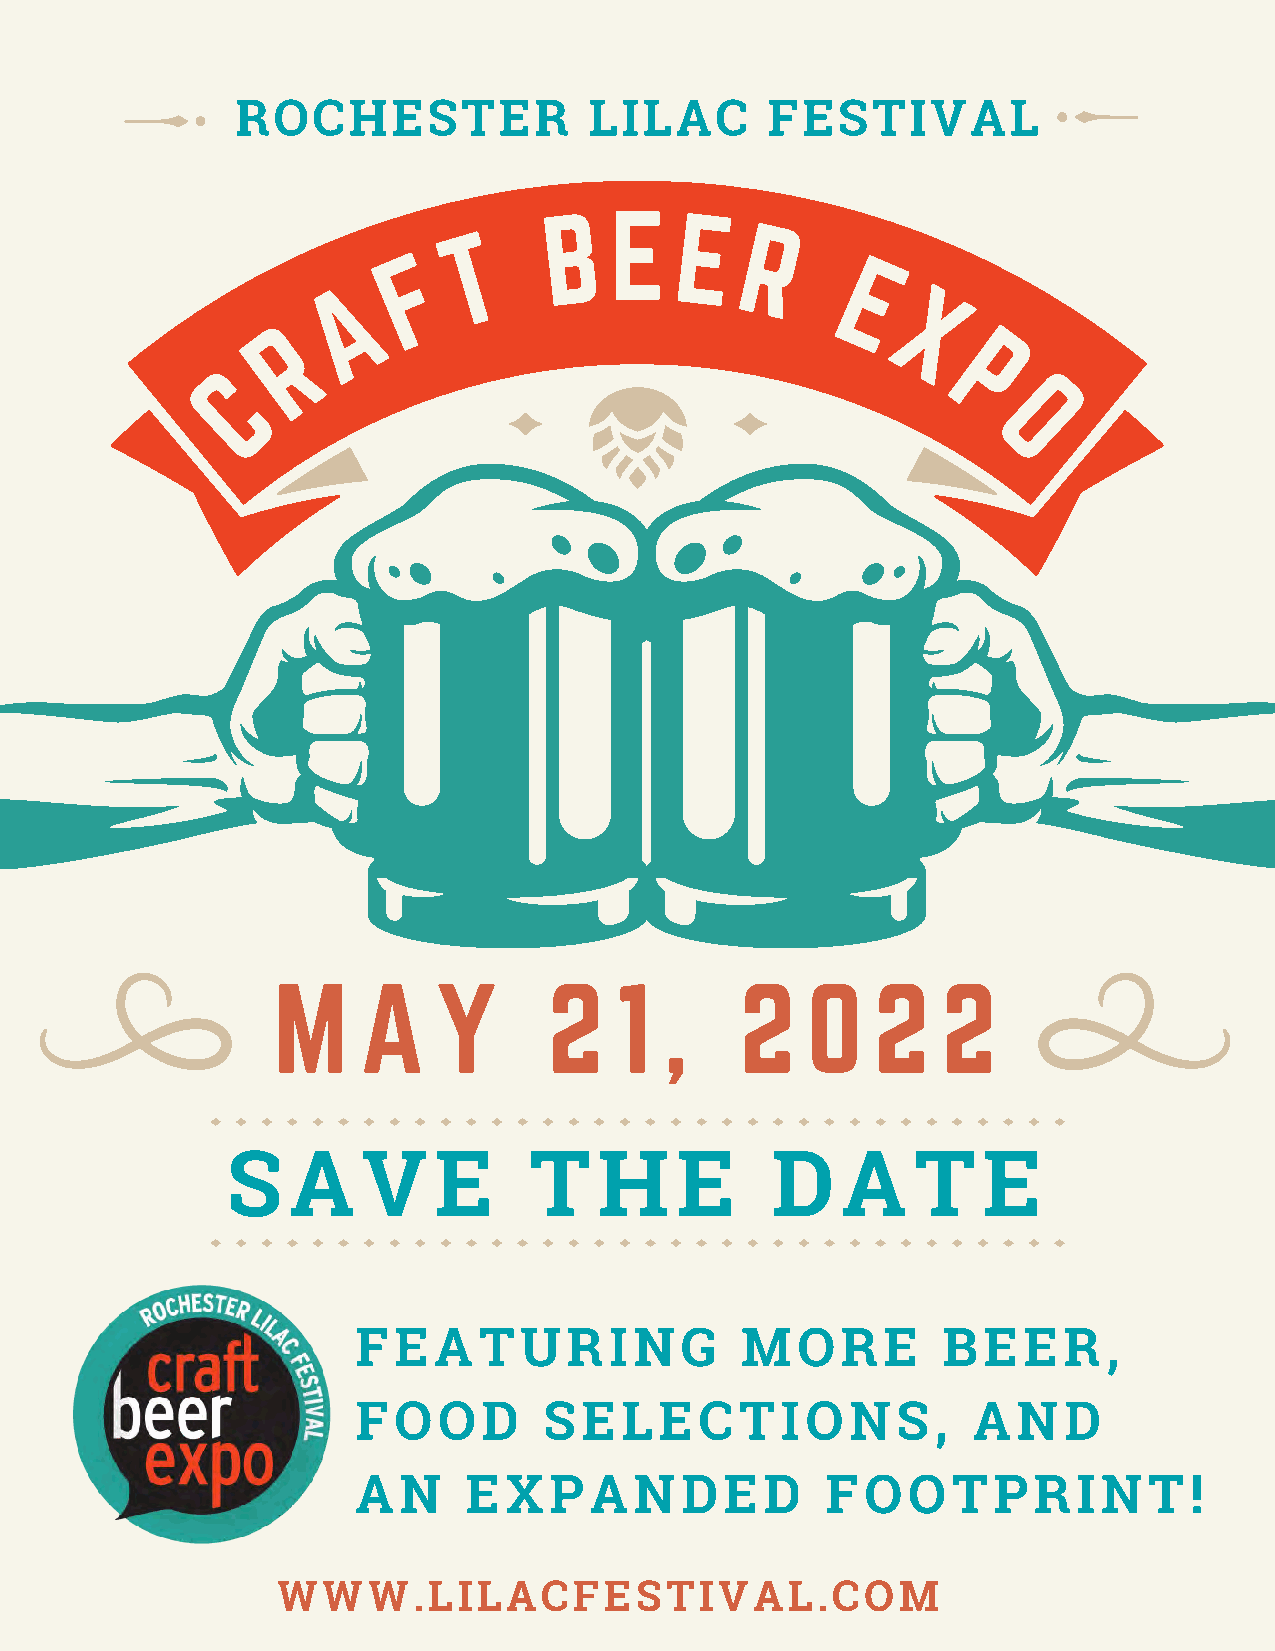
ROCHESTER              LILAC       FESTIVAL
 B   E
 E
 T                  R
 F
 A                                E
 X
 R
 P
 C
 O
 M     A    Y      2    1  ,    2   0    2   2
 S   A    V    E     T    H    E     D    A    T   E
 FEATURING                MORE         BEER,
 FOOD        SELECTIONS,                 AND
 AN     EXPANDED                FOOTPRINT!
 WWW.LILACFESTIVAL.COM